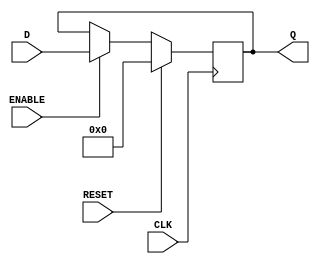
module D_Latch32bits(output reg[31:0] Q, input [31:0] D, input ENABLE,CLK,RESET);

always @ (posedge CLK)

if(RESET)
	Q<=32'd0;
else
	begin
		if(ENABLE)
			Q <= D;
		else
			Q <= Q;
	end		

endmodule // D_Latch32bits